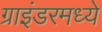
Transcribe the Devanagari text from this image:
ग्राइंडरमध्ये